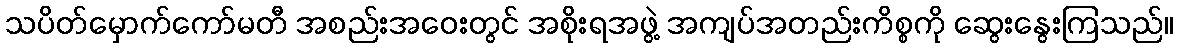
သပိတ်မှောက်ကော်မတီ အစည်းအဝေးတွင် အစိုးရအဖွဲ့ အကျပ်အတည်းကိစ္စကို ဆွေးနွေးကြသည်။